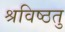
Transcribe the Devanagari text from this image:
श्रविष्ठतु